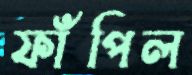
ফাঁপিল